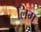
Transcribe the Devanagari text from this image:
लिम्‌